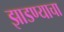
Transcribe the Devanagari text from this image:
झाडण्याचा